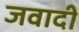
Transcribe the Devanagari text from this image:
जवादी